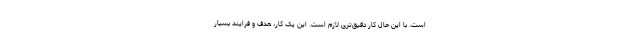
است. با این حال کار دقیق‌تری لازم است. این یک کار، هدف و فرایند بسیار